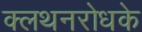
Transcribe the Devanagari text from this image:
क्लथनरोधके